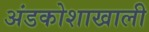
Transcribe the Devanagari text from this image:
अंडकोशाखाली